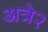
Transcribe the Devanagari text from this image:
अत्रे२